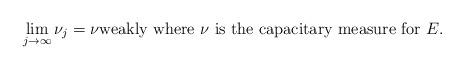
LaTeX: \begin{align*} \lim_{j \to \infty} \nu_j = \nu \mbox{weakly where $\nu$ is the capacitary measure for $ E.$ } \end{align*}